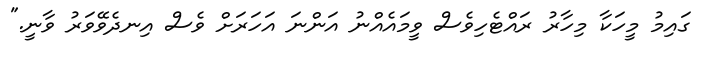
ގައިމު މީހަކާ މިހާރު ރައްޓެހިވެސް ވީމައެއްނު އަންނަ އަހަރަށް ވެސް އިނދެވޭވަރު ވާނީ."